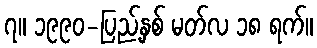
၇။ ၁၉၉၀-ပြည့်နှစ် မတ်လ ၁၈ ရက်။